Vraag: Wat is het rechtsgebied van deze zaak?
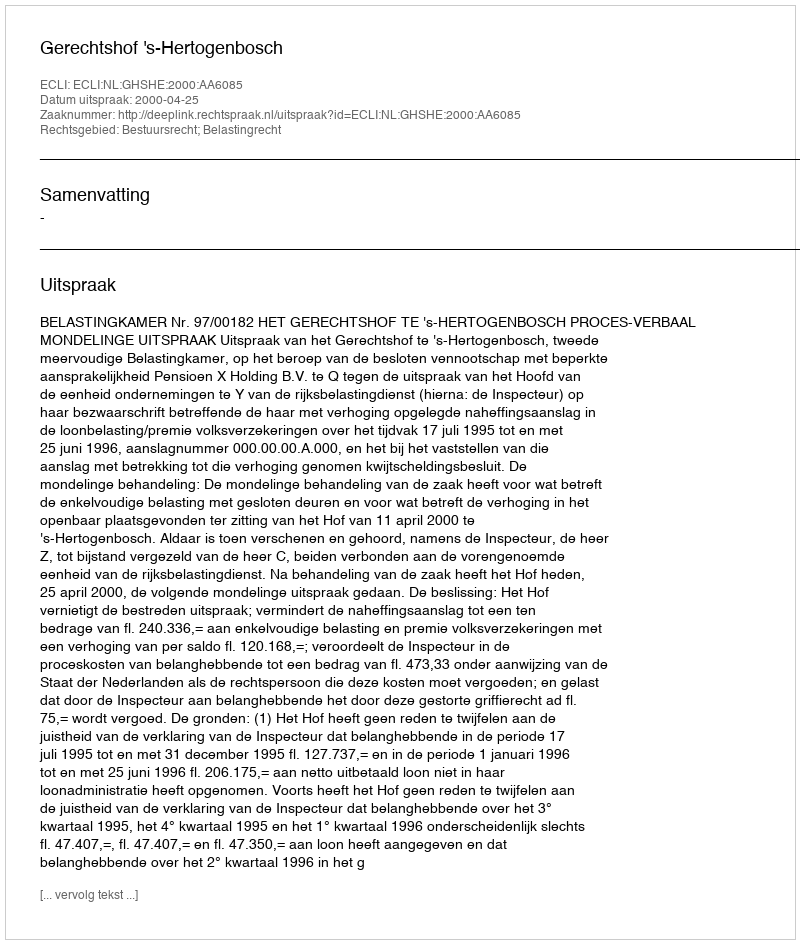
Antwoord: Bestuursrecht; Belastingrecht